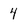
Character: 4